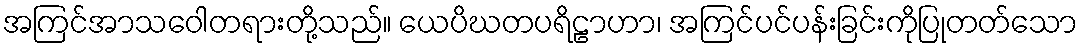
အကြင်အာသဝေါတရားတို့သည်။ ယေပိဃတပရိဠာဟာ၊ အကြင်ပင်ပန်းခြင်းကိုပြုတတ်သော